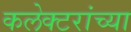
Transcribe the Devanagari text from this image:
कलेक्टरांच्या